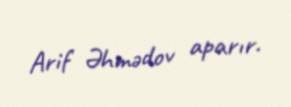
Arif Əhmədov aparır.